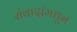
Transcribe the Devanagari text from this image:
संवादांमधून